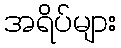
အရိပ်များ